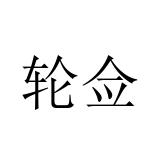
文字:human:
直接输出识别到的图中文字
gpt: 轮佥